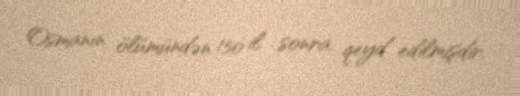
Osmanın ölümündən 150 il sonra qeyd edilmişdir.